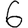
Digit: 6